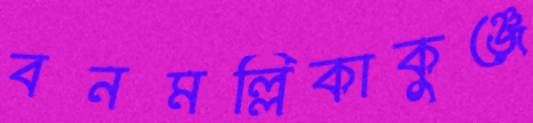
বনমল্লিকাকুঞ্জে